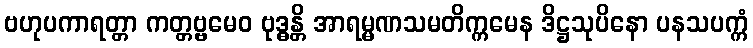
ဗဟုပကာရတ္တာ ကတ္တဗ္ဗမေဝ ဗုဒ္ဓန္တိ အာရမ္မဏသမတိက္ကမေန ဒိဋ္ဌသုပိနော ပနသပက္ကံ